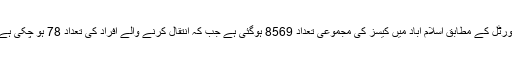
پورٹل کے مطابق اسلام آباد میں کیسز کی مجموعی تعداد 8569 ہوگئی ہے جب کہ انتقال کرنے والے افراد کی تعداد 78 ہو چکی ہے۔